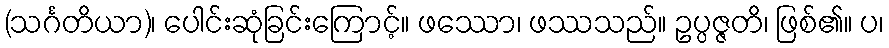
(သင်္ဂတိယာ)၊ ပေါင်းဆုံခြင်းကြောင့်။ ဖဿော၊ ဖဿသည်။ ဥပ္ပဇ္ဇတိ၊ ဖြစ်၏။ ပ၊